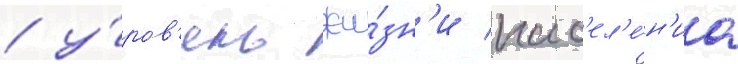
/ у́ров'ень жи́зн'и нас'ел'е́н'иа